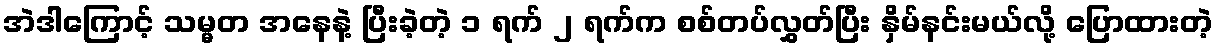
အဲဒါကြောင့် သမ္မတ အနေနဲ့ ပြီးခဲ့တဲ့ ၁ ရက် ၂ ရက်က စစ်တပ်လွှတ်ပြီး နှိမ်နင်းမယ်လို့ ပြောထားတဲ့